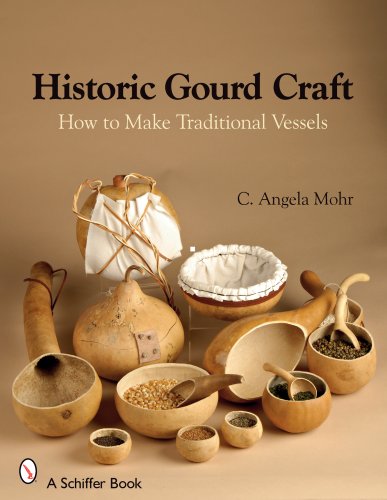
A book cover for Historic Gourd Craft: How to Make Traditional Vessels; C. Angela Mohr; Crafts, Hobbies & Home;